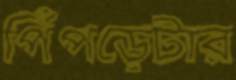
পিঁপড়েটার